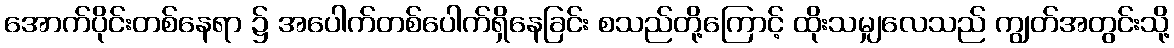
အောက်ပိုင်းတစ်နေရာ ၌ အပေါက်တစ်ပေါက်ရှိနေခြင်း စသည်တို့ကြောင့် ထိုးသမျှလေသည် ကျွတ်အတွင်းသို့